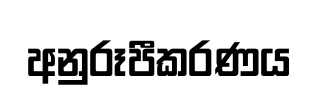
අනුරූපීකරණය